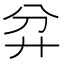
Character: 弅